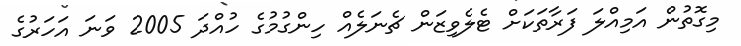
މިގޮތުން އަމިއްލަ ފަރާތަކަށް ޓެލެވިޒަން ޗެނަލެއް ހިންގުމުގެ ހުއްދަ 2005 ވަނަ އަހަރުގެ